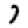
Digit: 7